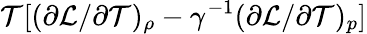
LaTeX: \mathcal{T}[(\partial\mathcal{{L}}/\partial\mathcal{T})_{\rho}-\gamma^{-1}(\partial\mathcal{{L}}/\partial\mathcal{T})_{p}]